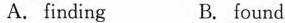
A. finding B. found